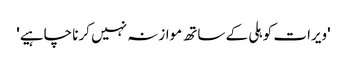
'ویرات کوہلی کے ساتھ موازنہ نہیں کرنا چاہیے'